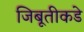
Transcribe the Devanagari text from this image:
जिबूतीकडे